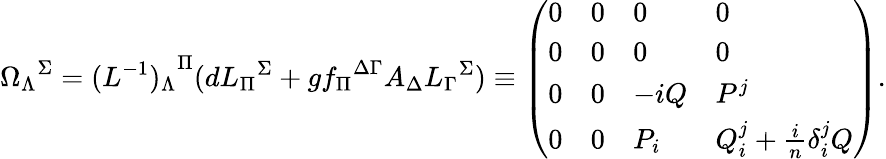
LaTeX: {\Omega_{\Lambda}}^{\Sigma}={(L^{-1})_{\Lambda}}^{\Pi}(d{L_{\Pi}}^{\Sigma}+g{f_{\Pi}}^{\Delta\Gamma}A_{\Delta}{L_{\Gamma}}^{\Sigma})\equiv\left(\begin{array}{llll}{{0}}&{{0}}&{{0}}&{{0}}\\ {{0}}&{{0}}&{{0}}&{{0}}\\ {{0}}&{{0}}&{{-iQ}}&{{P^{j}}}\\ {{0}}&{{0}}&{{P_{i}}}&{{Q_{i}^{j}+{\frac{i}{n}}\delta_{i}^{j}Q}}\end{array}\right).